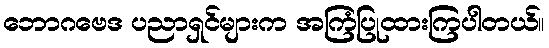
ဘောဂဗေဒ ပညာရှင်များက အကြံပြုထားကြပါတယ်။